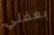
بعقلي